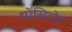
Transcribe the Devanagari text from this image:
पोंसिलेट